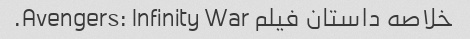
خلاصه داستان فیلم Avengers: Infinity War.